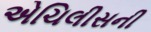
એચિલીસની